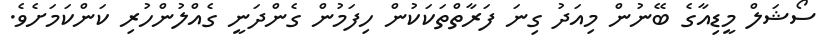
ސޯޝަލް މީޑިއާގެ ބޭނުން މިއަދު ގިނަ ފަރާތްތަކަކުން ހިފަމުން ގެންދަނީ ގެއްލުންހުރި ކަންކަމަށެވެ.